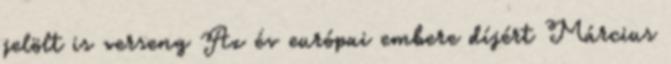
jelölt is verseng Az év európai embere díjért Március